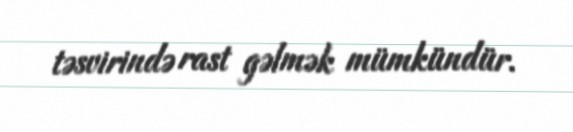
təsvirində rast gəlmək mümkündür.